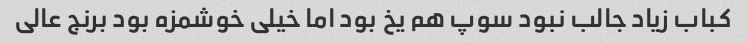
کباب زیاد جالب نبود سوپ هم یخ بود اما خیلی خوشمزه بود برنج عالی